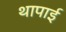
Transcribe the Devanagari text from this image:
थापाई